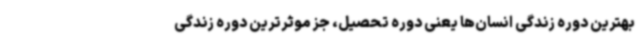
بهترین دوره زندگی انسان‌ها یعنی دوره تحصیل، جز موثرترین دوره زندگی